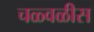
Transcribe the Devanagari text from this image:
चळ्वळीस